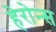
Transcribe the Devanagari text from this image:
हेरोन्स